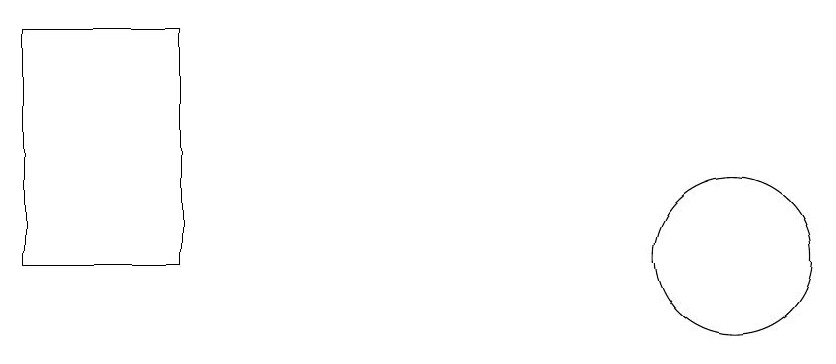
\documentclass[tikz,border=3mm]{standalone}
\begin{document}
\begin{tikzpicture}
\draw (10,10) circle (0);
\draw (10,11) circle (1);
\draw (1,11) rectangle (3,14);
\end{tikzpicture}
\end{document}